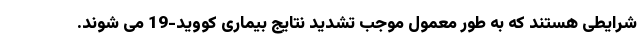
شرایطی هستند که به طور معمول موجب تشدید نتایج بیماری کووید-19 می شوند.